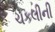
ચકલીની